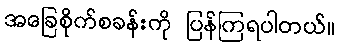
အခြေစိုက်စခန်းကို ပြန်ကြရပါတယ်။